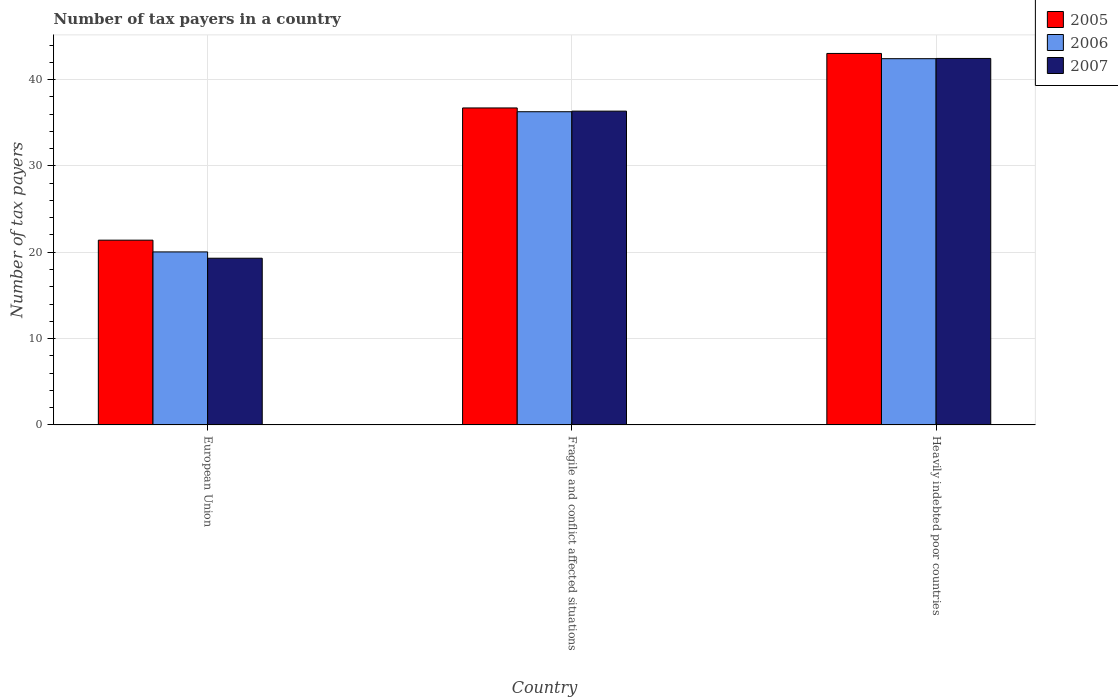
| Country | 2005 | 2006 | 2007 |
 | --- | --- | --- | --- |
 | European Union | 21.4 | 20 | 19.3 |
 | Fragile and conflict affected situations | 36.7 | 36.3 | 36.3 |
 | Heavily indebted poor countries | 43 | 42.4 | 42.4 |